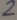
Text: 2